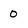
Character: O